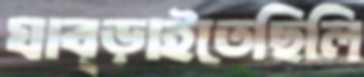
ঘাব্‌ড়াইতেছিলি